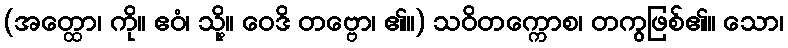
(အတ္ထော၊ ကို။ ဧဝံ၊ သို့။ ဝေဒိ တဗ္ဗော၊ ၏။) သဝိတက္ကောစ၊ တကွဖြစ်၏။ သော၊